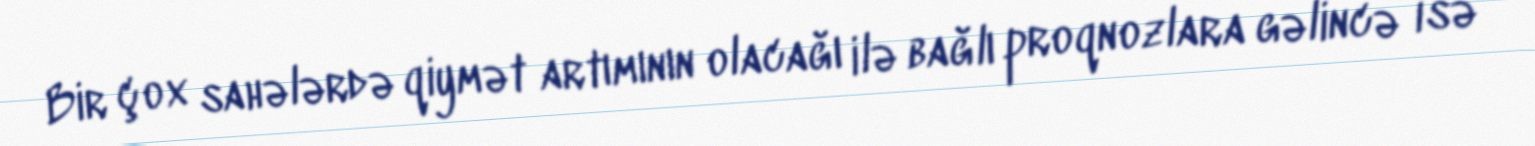
Bir çox sahələrdə qiymət artımının olacağı ilə bağlı proqnozlara gəlincə isə